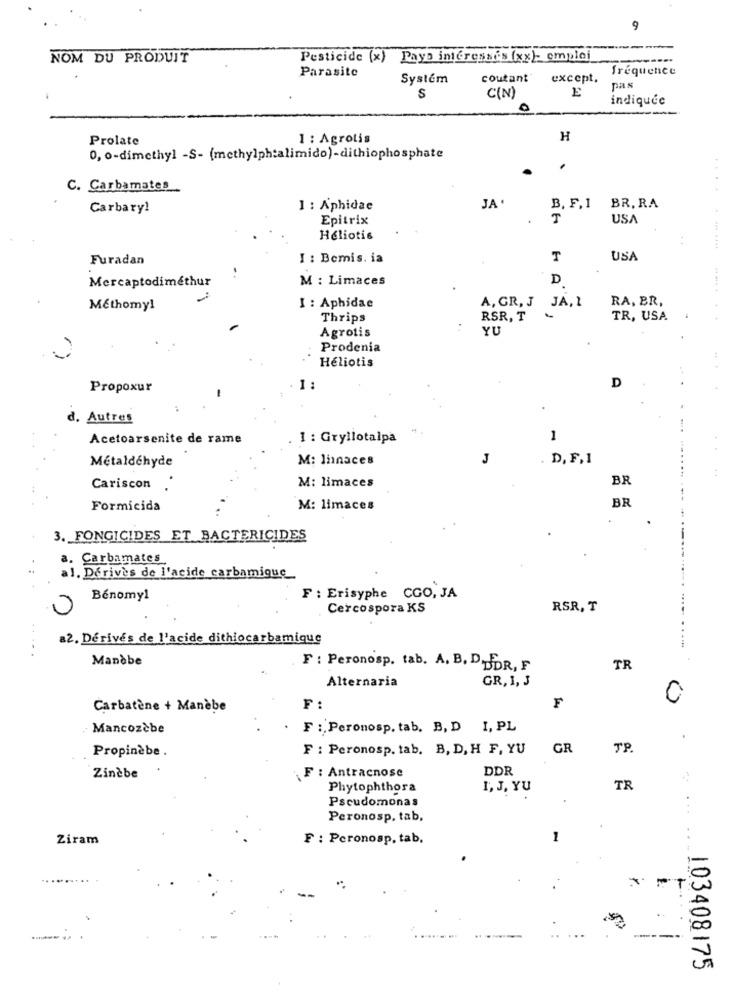
9
----
NOM DU PRODUIT
Pesticide (x) Pays interesses (xx) emploi
Parasite
fréquence
Systém
coutant
except.
E
pas
S
C(N)
indiquée
Prolate
1 : Agrotis
H
0, 0-dimethyl -S- (methylph:alimido)-dithiophosphate
.
C. Carbamates
JA .
Carbary!
1 : Aphidae
B. F. 1
BR. RA
Epitrix
T
USA
Héliotis
Furadan
I : Bemis. ia
T
USA
Mercaptodiméthur
M : Limaces
D
I : Aphidae
A, GR, J
RA, BR,
Méthomyl
JA, 1
Thrips
RSR, T
TR, USA
YU
Agrotis
Prodenia
Héliotis
D
Propoxur
1:
d. Autres
Acetoarsenite de rame
1 : Gryllotalpa
1
Métaldéhyde
M: linaces
J
D, F, 1
M: limaces
BR
Cariscon
BR
Formicida
M: limaces
3. FONGICIDES ET BACTERICIDES
a. Carbamates
al. Derives de l'acide carbamique
Benomyl
F : Erisyphe CGO, JA
Cercospora KS
RSR, T
a2. Dérivés de l'acide dithiocarbamique
.....
Manèbe
F : Peronosp. tab. A. B. DUDR, F
TR
Alternaria
GR, 1, 3
F
0
Carbatène + Manèbe
F:
Mancozebe
. F : Peronosp. tab, B, D I, PL
Propinèbe.
F : Peronosp. tab. B, D, H F, YU
GR
TP
DDR
Ziněbe
F : Antracnose
Phytophthora
I, J, YU
TR
Pseudomonas
Peronosp. tab.
Ziram
F : Peronosp, tab,
1
....
103408175